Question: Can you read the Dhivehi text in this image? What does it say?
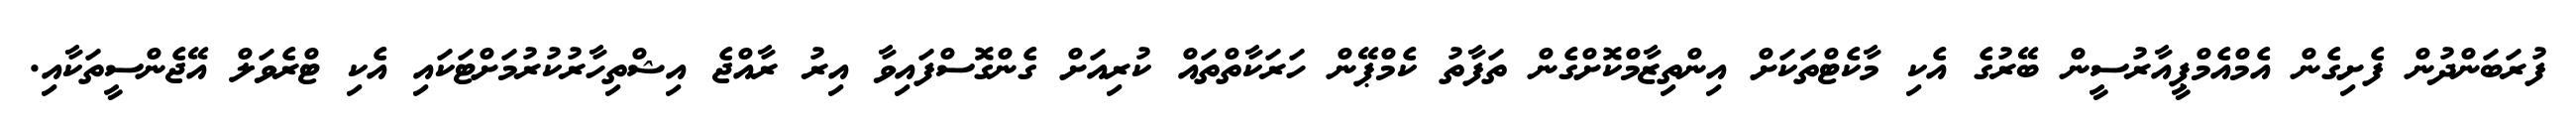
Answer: ފުރަބަންދުން ފެށިގެން އެމްއެމްޕީއާރުސީން ބޭރުގެ އެކި މާކެޓްތަކަށް އިންތިޒާމްކޮށްގެން ތަފާތު ކެމްޕޭން ހަރަކާތްތައް ކުރިއަށް ގެންގޮސްފައިވާ އިރު ރާއްޖެ އިޝްތިހާރުކުރުމަށްޓަކައި އެކި ޓްރެވަލް އޭޖެންސީތަކާއި.